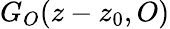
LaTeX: G_{O}(z-z_{0},O)